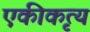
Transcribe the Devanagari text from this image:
एकीकृत्य